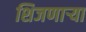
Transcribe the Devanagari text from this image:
शिजणार्‍या